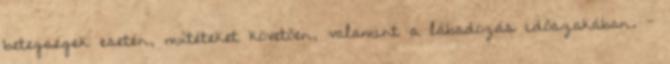
betegségek esetén, műtéteket követően, valamint a lábadozás időszakában. -